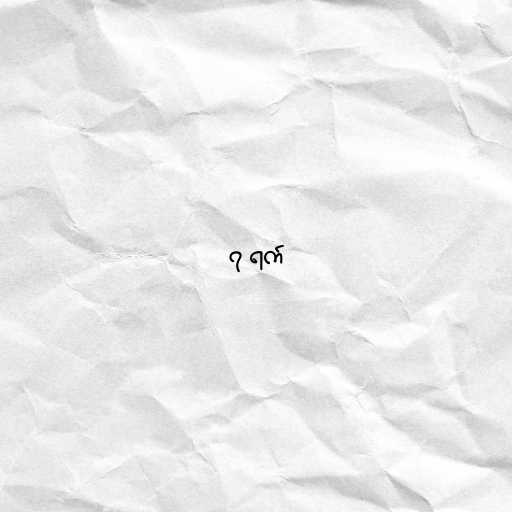
၇ ရက်